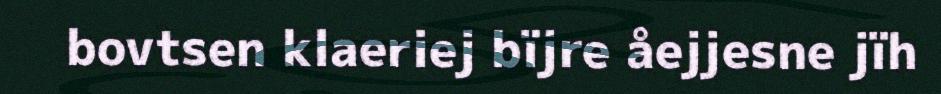
bovtsen klaeriej bïjre åejjesne jïh